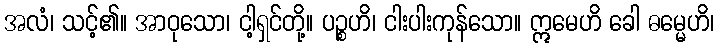
အလံ၊ သင့်၏။ အာဝုသော၊ ငါ့ရှင်တို့။ ပဉ္စဟိ၊ ငါးပါးကုန်သော။ ဣမေဟိ ခေါ ဓမ္မေဟိ၊